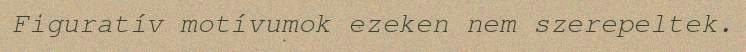
Figuratív motívumok ezeken nem szerepeltek.